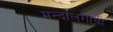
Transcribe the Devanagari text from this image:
मन्दालगोवी